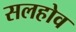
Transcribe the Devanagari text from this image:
सलहोव